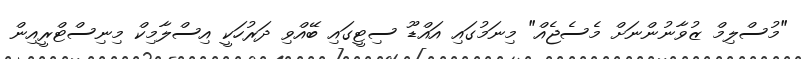
"މުސްލިމް ޒުވާނުންނަށް މެސެޖެއް" މިނަމުގައި އައްޑޫ ސިޓީގައި ބޭއްވި ދަރުހަކީ އިސްލާމިކް މިނިސްޓްރީއިން